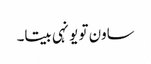
ساون تو یونہی بیتا۔